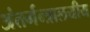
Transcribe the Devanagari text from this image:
अंतर्मन्त्रालयीय